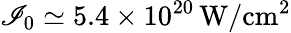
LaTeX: \mathscr{I}_{0}\simeq5.4\times10^{20}\, \mathrm{{W/cm^{2}}}